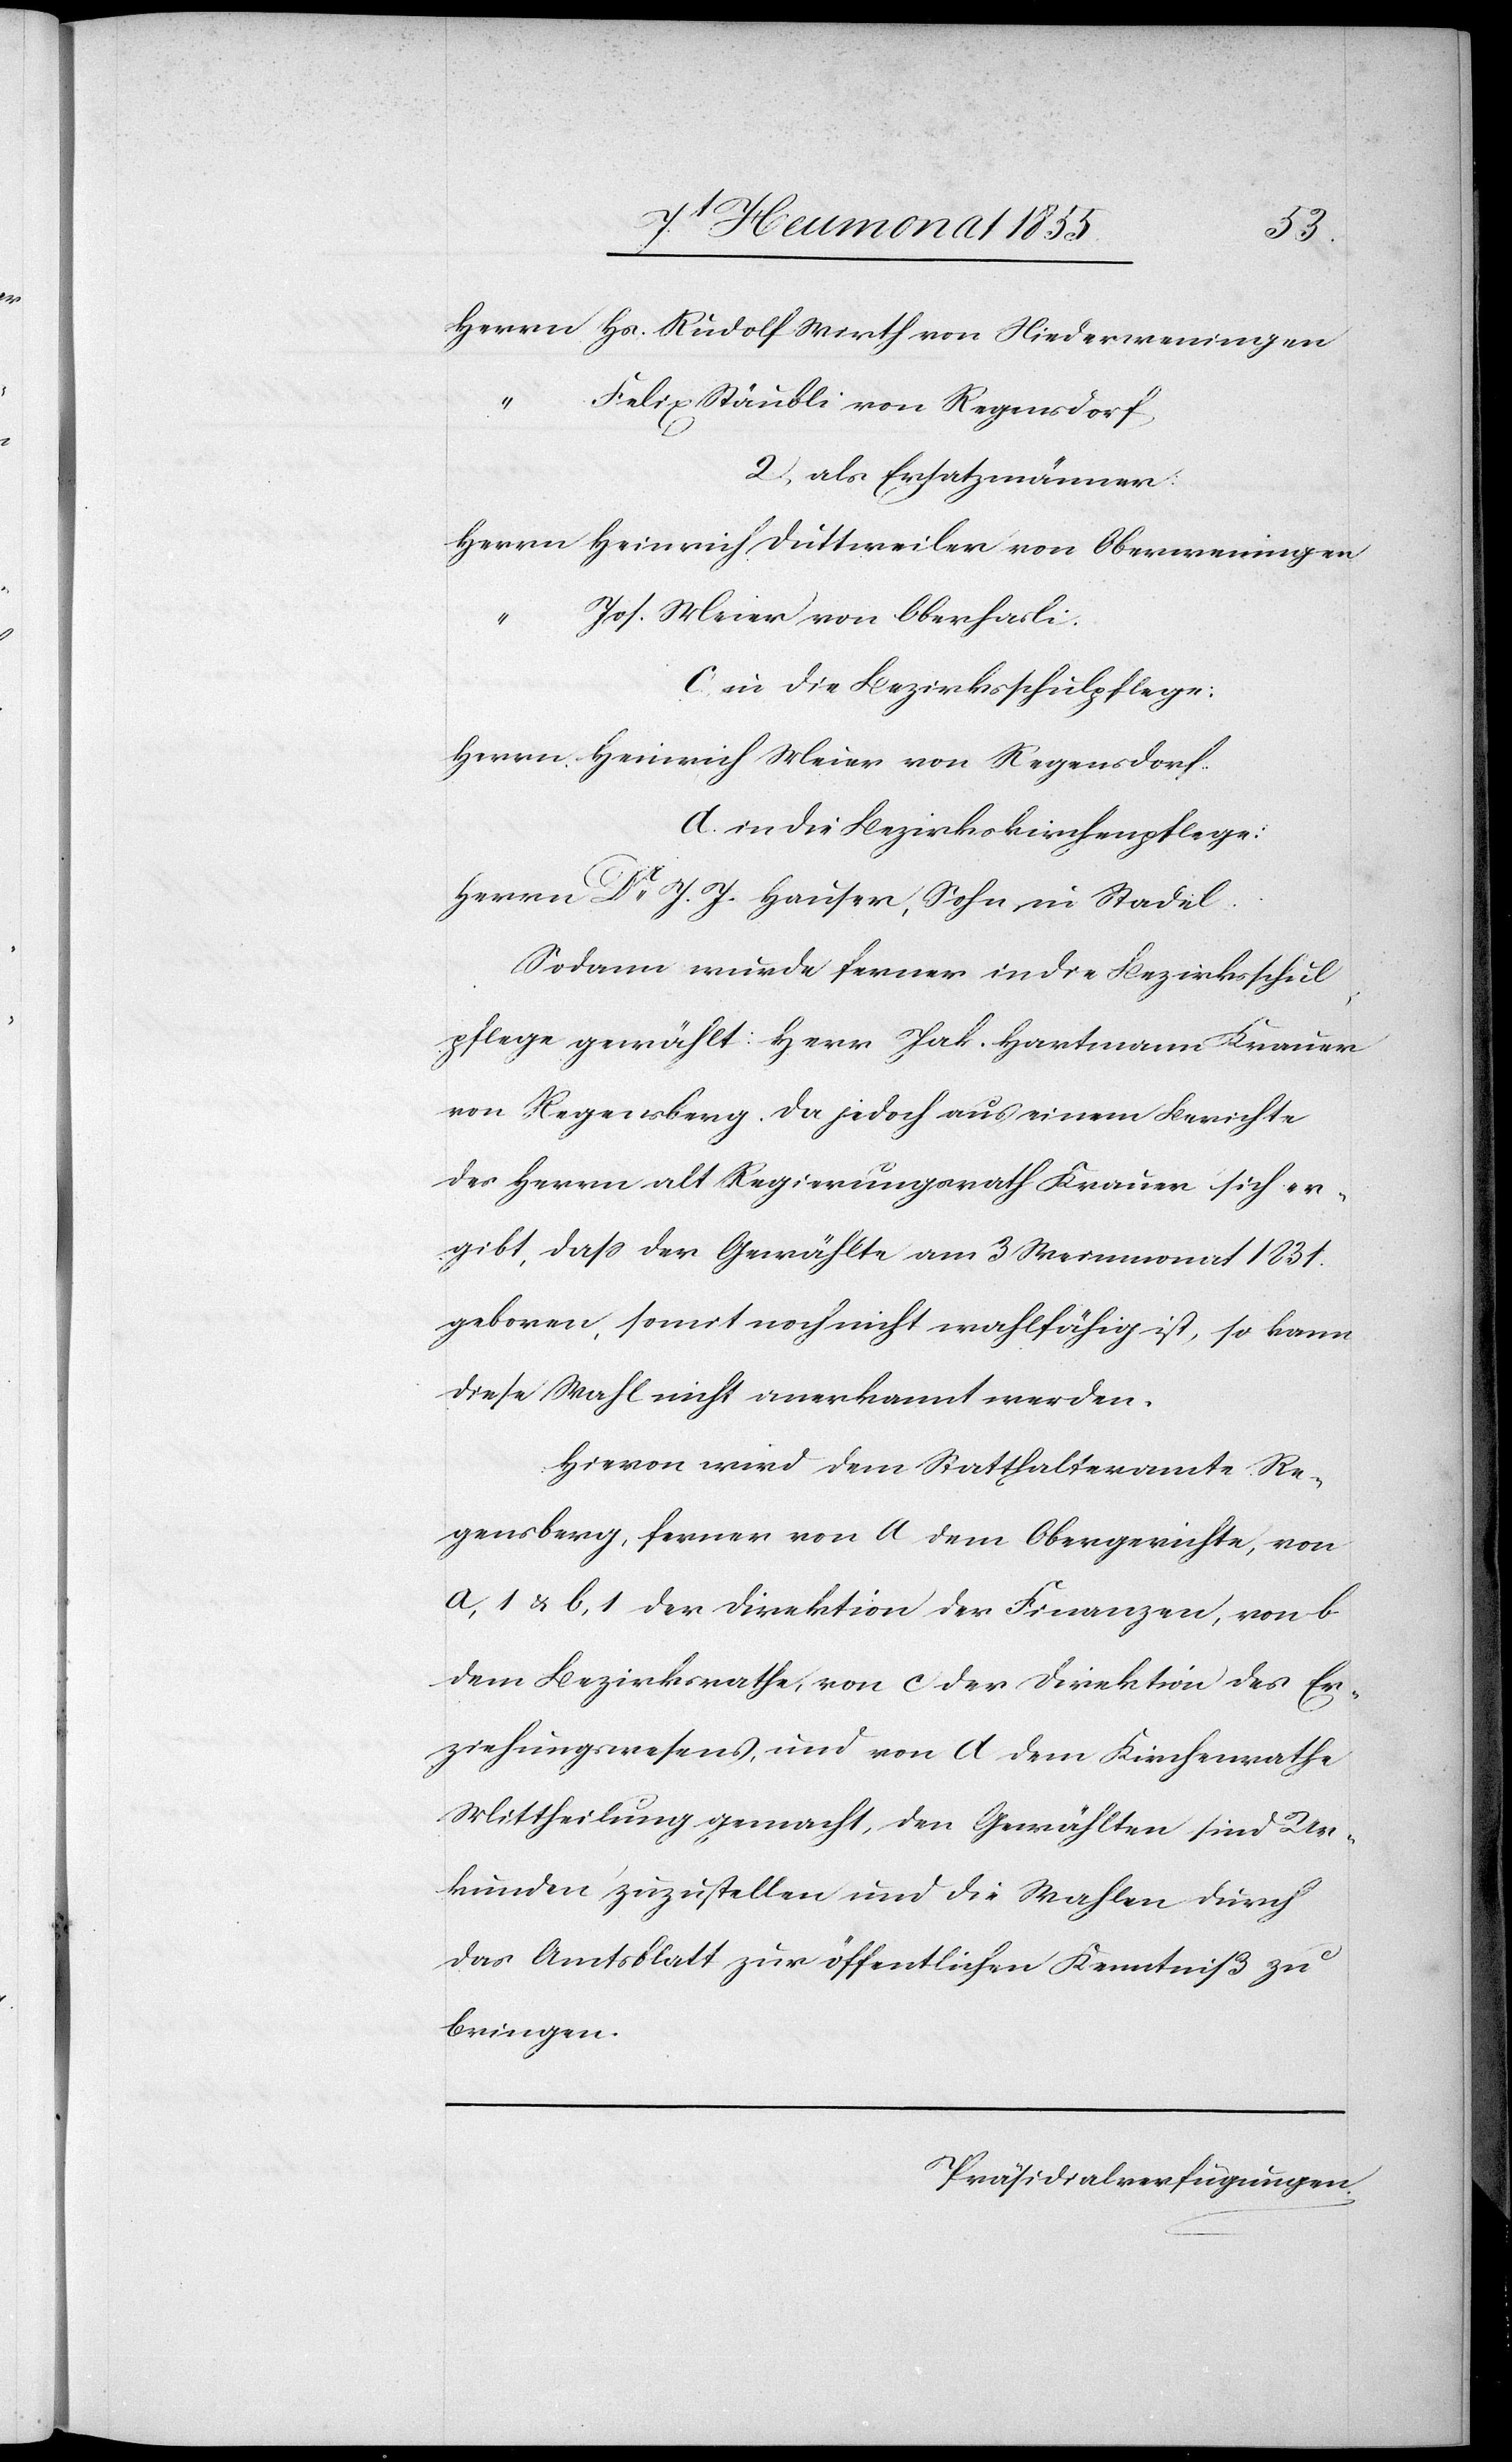
Herrn Hs. Rudolf Wirth von Niederweningen
“
Felix Stäubli von Regensdorf
2, als Ersatzmänner:
Herrn Heinrich Duttweiler von Oberweningen
“ Jos. Meier von Oberhasli.
c. in die Bezirksschulpflege:
Herrn Heinrich Meier von Regensdorf.
d. in die Bezirkskirchenpflege:
Herrn Dr. J. J. Hauser, Sohn in Stadel.
Sodann wurde ferner in die Bezirksschul¬
pflege gewählt: Herr Jak. Hartmann Krauer
von Regensberg. Da jedoch aus einem Berichte
des Herrn alt Regierungsrath Krauer sich er¬
gibt, dass der Gewählte am 3 Weinmonat 1831.
geboren, somit noch nicht wahlfähig ist, so kann
diese Wahl nicht anerkannt werden.
Hievon wird dem Statthalteramte Re¬
gensberg, ferner von a dem Obergerichte, von
a, 1 & b, 1 der Direktion der Finanzen, von b
dem Bezirksrathe, von c der Direktion des Er¬
ziehungswesens, und von d dem Kirchenrathe
Mittheilung gemacht, den Gewählten sind Ur¬
kunden zuzustellen und die Wahlen durch
das Amtsblatt zur öffentlichen Kenntniß zu
bringen.